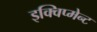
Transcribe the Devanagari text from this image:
इक्विप्मेन्ट